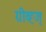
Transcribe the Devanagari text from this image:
ग्रीव्ह्ज्